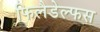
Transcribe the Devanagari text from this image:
फिलैडेल्फस